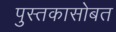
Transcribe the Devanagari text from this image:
पुस्तकासोबत